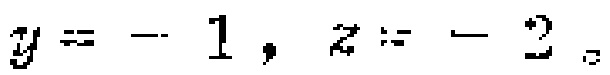
$y = - 1, z = - 2$